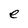
Character: e